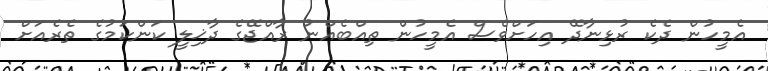
އެމީހުން ދެކެ ރުޅިނާދޭ އިހަށްވެސް އެމީހުން ތިއްބެއްނު ރާއްޖޭގެ ދާޚިލީ ކަންކަމުގެ ތެރެއަށް